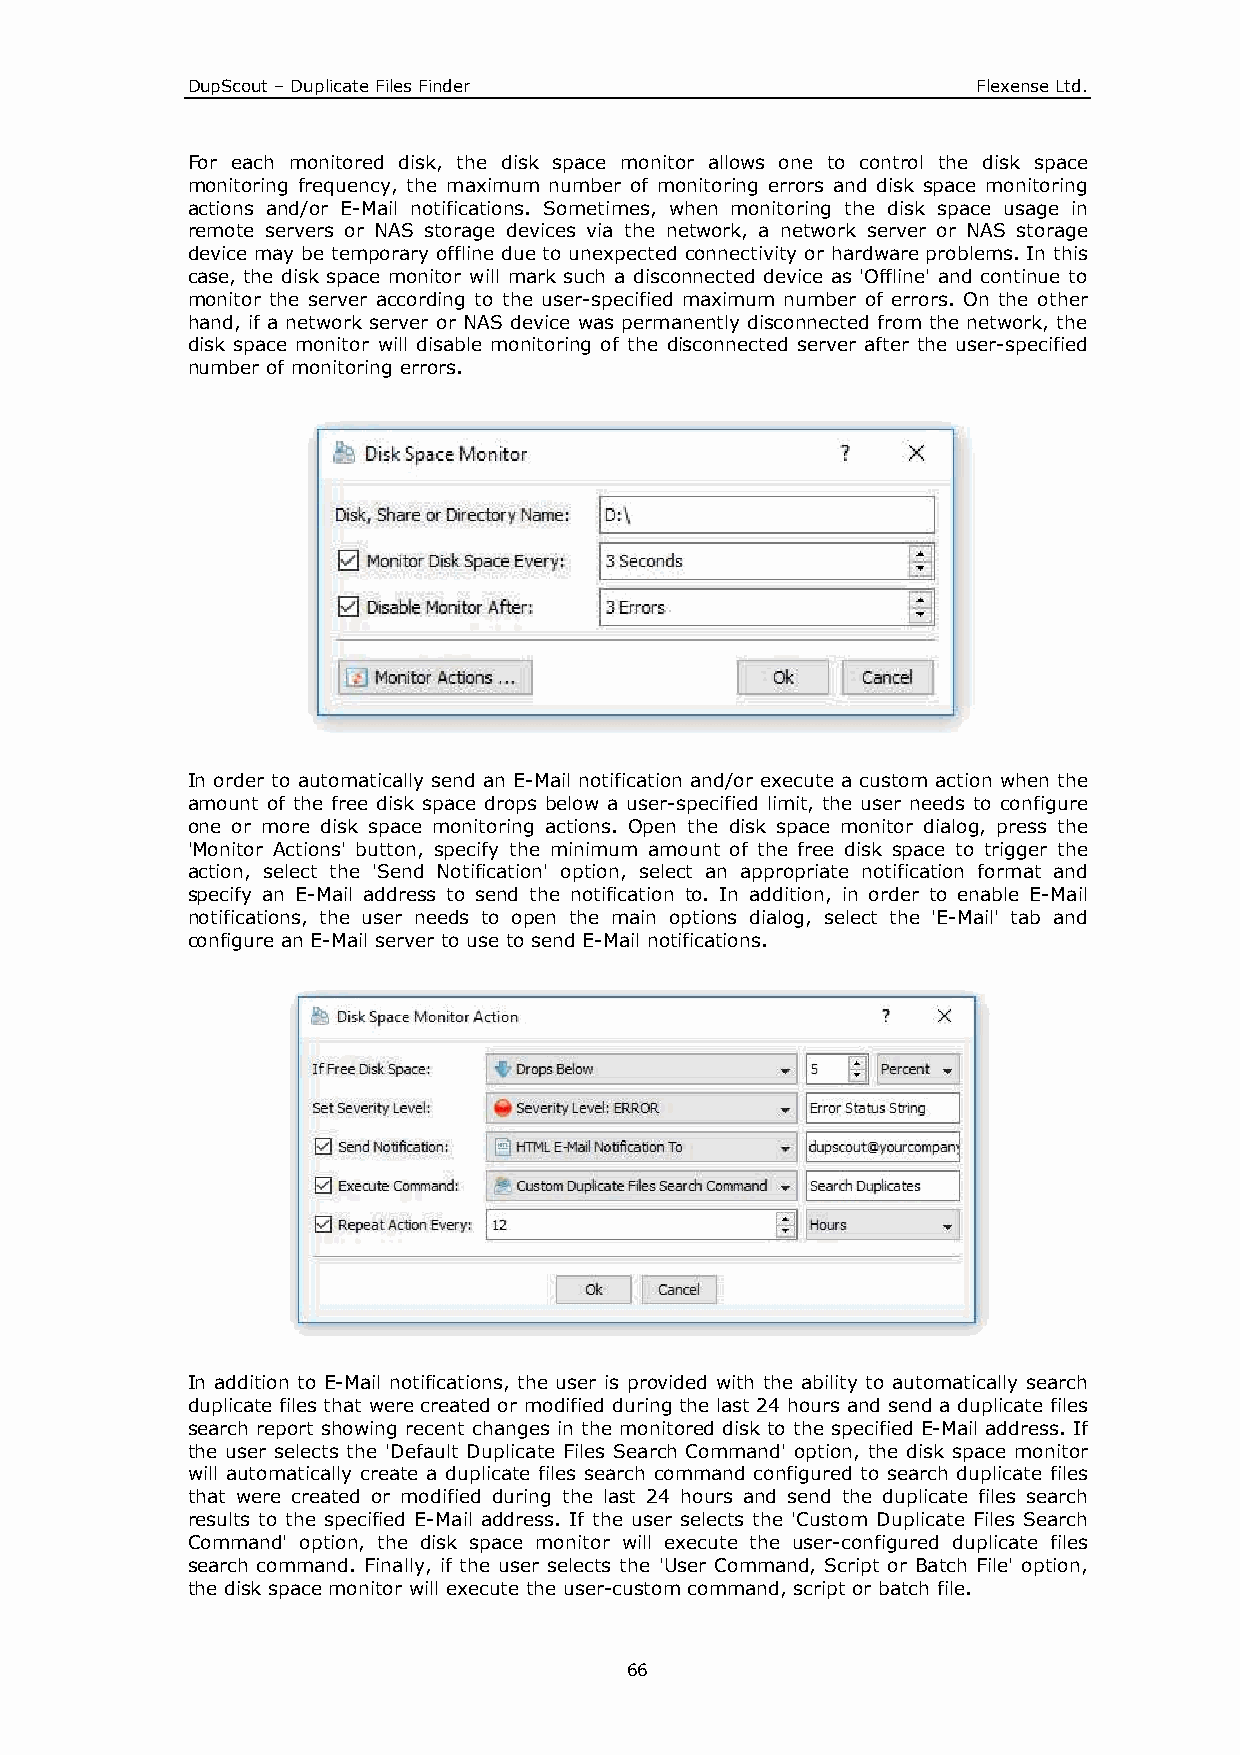
DupScout – Duplicate Files Finder                    Flexense Ltd.
 For each monitored disk, the disk space monitor allows one to control the disk space
 monitoring frequency, the maximum number of monitoring errors and disk space monitoring
 actions and/or E-Mail notifications. Sometimes, when monitoring the disk space usage in
 remote servers or NAS storage devices via the network, a network server or NAS storage
 device may be temporary offline due to unexpected connectivity or hardware problems. In this
 case, the disk space monitor will mark such a disconnected device as 'Offline' and continue to
 monitor the server according to the user-specified maximum number of errors. On the other
 hand, if a network server or NAS device was permanently disconnected from the network, the
 disk space monitor will disable monitoring of the disconnected server after the user-specified
 number of monitoring errors.
 In order to automatically send an E-Mail notification and/or execute a custom action when the
 amount of the free disk space drops below a user-specified limit, the user needs to configure
 one or more disk space monitoring actions. Open the disk space monitor dialog, press the
 'Monitor Actions' button, specify the minimum amount of the free disk space to trigger the
 action, select the 'Send Notification' option, select an appropriate notification format and
 specify an E-Mail address to send the notification to. In addition, in order to enable E-Mail
 notifications, the user needs to open the main options dialog, select the 'E-Mail' tab and
 configure an E-Mail server to use to send E-Mail notifications.
 In addition to E-Mail notifications, the user is provided with the ability to automatically search
 duplicate files that were created or modified during the last 24 hours and send a duplicate files
 search report showing recent changes in the monitored disk to the specified E-Mail address. If
 the user selects the 'Default Duplicate Files Search Command' option, the disk space monitor
 will automatically create a duplicate files search command configured to search duplicate files
 that were created or modified during the last 24 hours and send the duplicate files search
 results to the specified E-Mail address. If the user selects the 'Custom Duplicate Files Search
 Command' option, the disk space monitor will execute the user-configured duplicate files
 search command. Finally, if the user selects the 'User Command, Script or Batch File' option,
 the disk space monitor will execute the user-custom command, script or batch file.
 66